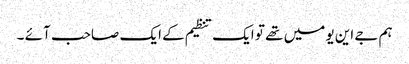
ہم جے این یو میں تھے تو ایک تنظیم کے ایک صاحب آئے ۔